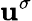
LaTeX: \mathbf{u}^{\sigma}